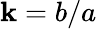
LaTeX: \mathbf{k}=b/a